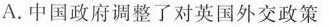
A.中国政府调整了对英国外交政策